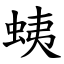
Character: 蛦